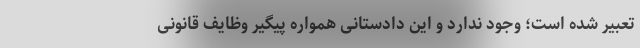
تعبیر شده است؛ وجود ندارد و این دادستانی همواره پیگیر وظایف قانونی